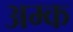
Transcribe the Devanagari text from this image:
अम्क